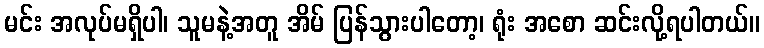
မင်း အလုပ်မရှိပါ၊ သူမနဲ့အတူ အိမ် ပြန်သွားပါတော့၊ ရုံး အစော ဆင်းလို့ရပါတယ်။